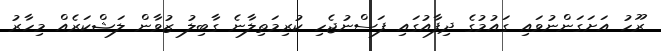
ރޫހު އަށަގަންނުވައި ގައުމުގެ ދިފާއުގައި ފަސްނުޖެހި ކުރިމަތިލާނެ ގާބިލު ޒުވާން ލަޝްކަރެއް މިހާރު